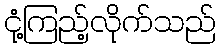
ငုံ့ကြည့်လိုက်သည်